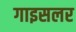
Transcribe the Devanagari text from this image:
गाइसलर